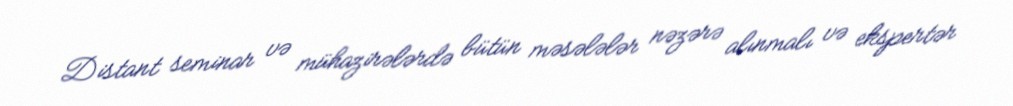
Distant seminar və mühazirələrdə bütün məsələlər nəzərə alınmalı və ekspertər